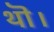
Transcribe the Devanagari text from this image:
थॊ।